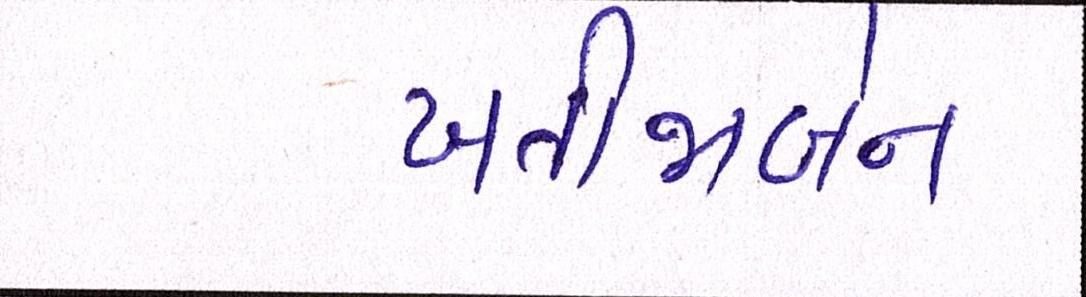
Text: ખતીજાબેન